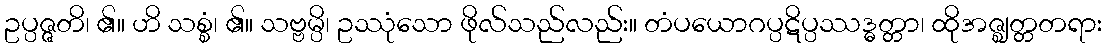
ဥပ္ပဇ္ဇတိ၊ ၏။ ဟိ သစ္စံ၊ ၏။ သဗ္ဗမ္ပိ၊ ဥဿုံသော ဖိုလ်သည်လည်း။ တံပယောဂပ္ပဋိပ္ပဿဒ္ဓတ္တာ၊ ထိုအဇ္ဈတ္တတရား